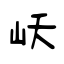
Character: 岆